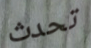
تحدث